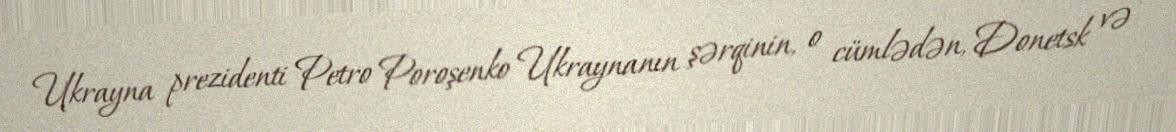
Ukrayna prezidenti Petro Poroşenko Ukraynanın şərqinin, o cümlədən, Donetsk və